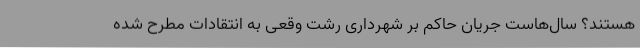
هستند؟ سال‌هاست جریان حاکم بر شهرداری رشت وقعی به انتقادات مطرح شده